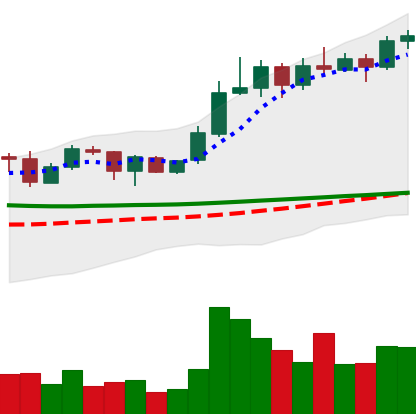
Ticker: ADA-USD
Chart end date: 2020-02-06
Forward return: 5.808%
Label: up_5_7